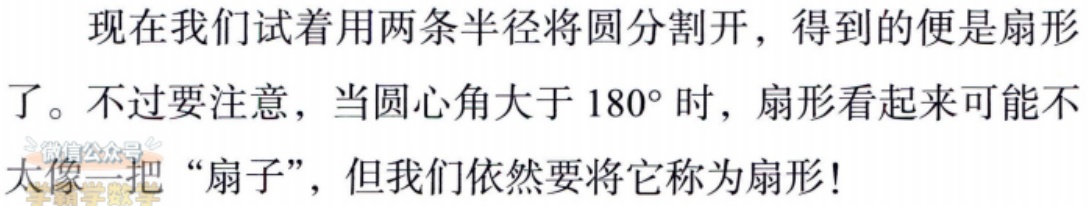
现在我们试着用两条半径将圆分割开，得到的便是扇形了。不过要注意，当圆心角大于 \(180^{\circ}\) 时，扇形看起来可能不太像一把“扇子”，但我们依然要将它称为扇形！